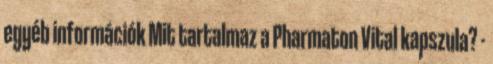
egyéb információk Mit tartalmaz a Pharmaton Vital kapszula? -